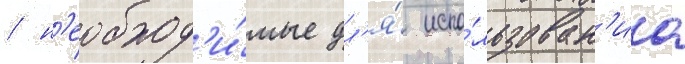
/ н'еобход'и́мые дл'я́ испо́льзован'иа